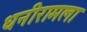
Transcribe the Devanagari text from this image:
धनीरामला